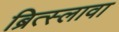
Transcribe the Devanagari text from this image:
ब्रित्स्लावा